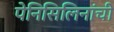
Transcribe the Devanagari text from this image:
पेनिसिलिनांची